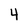
Character: 4